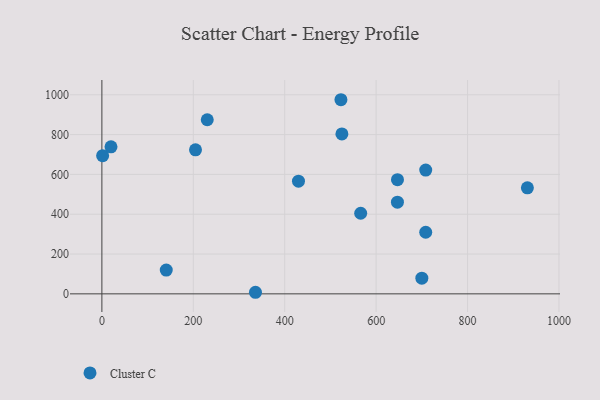
{"axis": {"x": "Price", "y": "Salary"}, "legend": ["Cluster C"], "data": [{"x": "523.0", "y": 975.3, "type": "Cluster C"}, {"x": "1.6", "y": 694.2, "type": "Cluster C"}, {"x": "930.9", "y": 532.5, "type": "Cluster C"}, {"x": "700.0", "y": 78.9, "type": "Cluster C"}, {"x": "430.1", "y": 566.2, "type": "Cluster C"}, {"x": "708.5", "y": 622.1, "type": "Cluster C"}, {"x": "525.1", "y": 803.3, "type": "Cluster C"}, {"x": "646.6", "y": 460.8, "type": "Cluster C"}, {"x": "708.5", "y": 309.6, "type": "Cluster C"}, {"x": "204.8", "y": 723.6, "type": "Cluster C"}, {"x": "646.7", "y": 573.5, "type": "Cluster C"}, {"x": "230.5", "y": 874.7, "type": "Cluster C"}, {"x": "19.9", "y": 738.7, "type": "Cluster C"}, {"x": "336.0", "y": 7.9, "type": "Cluster C"}, {"x": "566.2", "y": 405.0, "type": "Cluster C"}, {"x": "140.8", "y": 119.4, "type": "Cluster C"}]}